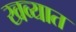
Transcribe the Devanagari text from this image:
खव्यात